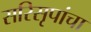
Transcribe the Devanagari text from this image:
सरिसृपांचा